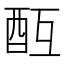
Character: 𨠂